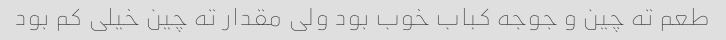
طعم ته چین و جوجه کباب خوب بود ولی مقدار ته چین خیلی کم بود